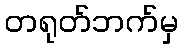
တရုတ်ဘက်မှ